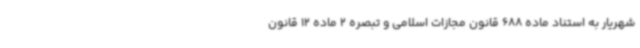
شهریار به استناد ماده 688 قانون مجازات اسلامی و تبصره 2 ماده 12 قانون